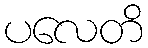
ပလေတိ